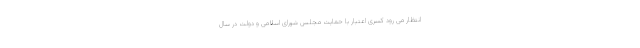
انتظار می رود کسری اعتبار با حمایت مجلس شورای اسلامی و دولت در سال